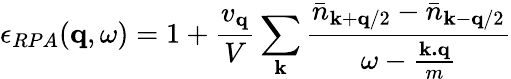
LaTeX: \epsilon_{RPA}({\mathbf{q}},\omega)=1+\frac{v_{{\mathbf{q}}}}{V}\sum_{{\mathbf{k}}}\frac{{\bar{n}}_{{\mathbf{k}}+{\mathbf{q}}/2}-{\bar{n}}_{{\mathbf{k}}-{\mathbf{q}}/2}}{\omega-\frac{{\mathbf{k.q}}}{m}}